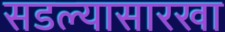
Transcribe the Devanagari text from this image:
सडल्यासारखा